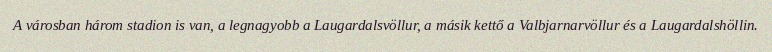
A városban három stadion is van, a legnagyobb a Laugardalsvöllur, a másik kettő a Valbjarnarvöllur és a Laugardalshöllin.